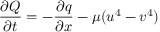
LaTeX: { \frac { \partial Q } { \partial t } } = - { \frac { \partial q } { \partial x } } - \mu ( u ^ { 4 } - v ^ { 4 } )